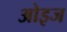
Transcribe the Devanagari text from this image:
ओइज